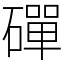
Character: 磾